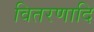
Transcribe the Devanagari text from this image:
वितरणादि